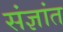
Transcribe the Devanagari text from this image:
संज्ञांत